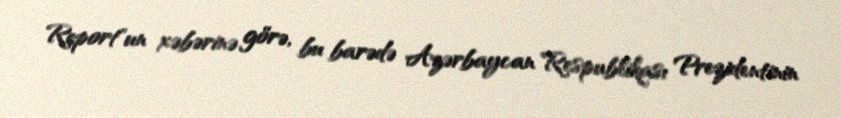
Report"un xəbərinə görə, bu barədə Azərbaycan Respublikası Prezidentinin